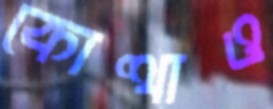
কোত্থাও